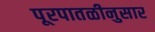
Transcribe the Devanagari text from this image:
पूरपातळीनुसार